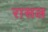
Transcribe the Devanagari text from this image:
रासल